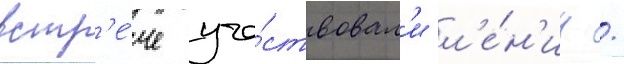
встр'е́че уча́ствовал'и л'е́н'ин /